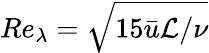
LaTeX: \textit{Re}_{\lambda}=\sqrt{15\bar{u}\mathcal{L}/\nu}